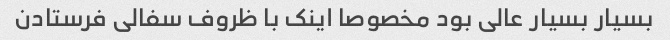
بسیار بسیار عالی بود مخصوصا اینک با ظروف سفالی فرستادن